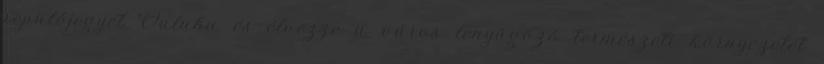
repülőjegyet Ouluba és élvezze a város lenyűgöző természeti környezetét